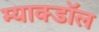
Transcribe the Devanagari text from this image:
म्याक्डॉल